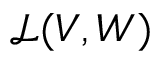
\mathcal { L } ( V , W )